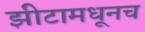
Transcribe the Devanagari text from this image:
झीटामधूनच